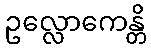
ဥလ္လောကေန္တိ